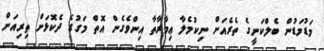
މަޑުމަޑުން ބެލްކަނީގެ ތެރެއަށް ނިކުމެލާ ޢިމާރާތާ އިންވެގެން އޮތް މަގުގެ ދެކޮޅަށް ތިރިއަށް